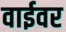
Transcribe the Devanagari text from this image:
वाईवर